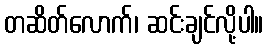
တဆိတ်လောက်၊ ဆင်းချင်လို့ပါ။